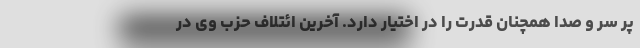
پر سر و صدا همچنان قدرت را در اختیار دارد. آخرین ائتلاف حزب وی در